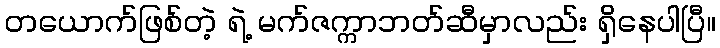
တယောက်ဖြစ်တဲ့ ရဲ့ မက်ဇက္ကာဘတ်ဆီမှာလည်း ရှိနေပါပြီ။